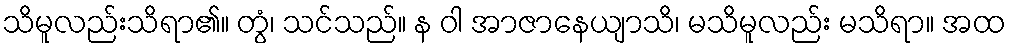
သိမူလည်းသိရာ၏။ တွံ၊ သင်သည်။ န ဝါ အာဇာနေယျာသိ၊ မသိမူလည်း မသိရာ။ အထ